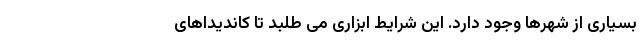
بسیاری از شهرها وجود دارد. این شرایط ابزاری می طلبد تا کاندیداهای